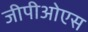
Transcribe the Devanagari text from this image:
जीपीओएस